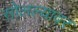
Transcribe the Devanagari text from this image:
सोलल्यावर